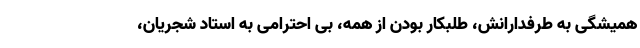
همیشگی به طرفدارانش، طلبکار بودن از همه، بی احترامی به استاد شجریان،